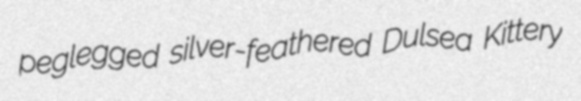
peglegged silver-feathered Dulsea Kittery